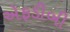
એફડીબી